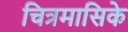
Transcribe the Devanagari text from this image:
चित्रमासिके